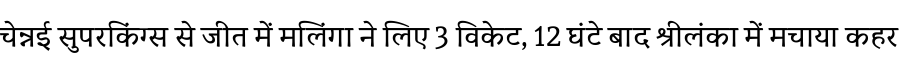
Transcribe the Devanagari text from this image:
चेन्नई सुपरकिंग्स से जीत में मलिंगा ने लिए 3 विकेट, 12 घंटे बाद श्रीलंका में मचाया कहर